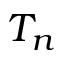
T _ { n }